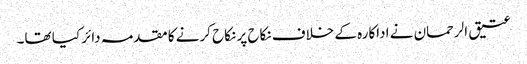
عتیق الرحمان نے اداکارہ کے خلاف نکاح پر نکاح کرنے کا مقدمہ دائر کیا تھا۔